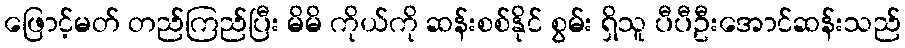
ဖြောင့်မတ် တည်ကြည်ပြီး မိမိ ကိုယ်ကို ဆန်းစစ်နိုင် စွမ်း ရှိသူ ပီပီဦးအောင်ဆန်းသည်